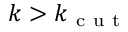
k > k _ { \mathrm { ~ c ~ u ~ t ~ } }